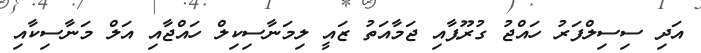
އަދި ސިސިލްފަރު ހައްޖު ގުރޫޕާއި ޖަމާއަތު ޒައީ ލިމަނާސިކިލް ހައްޖާއި އަލް މަނާސިކާއި